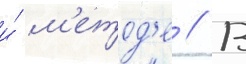
и́ м'етод'е // В